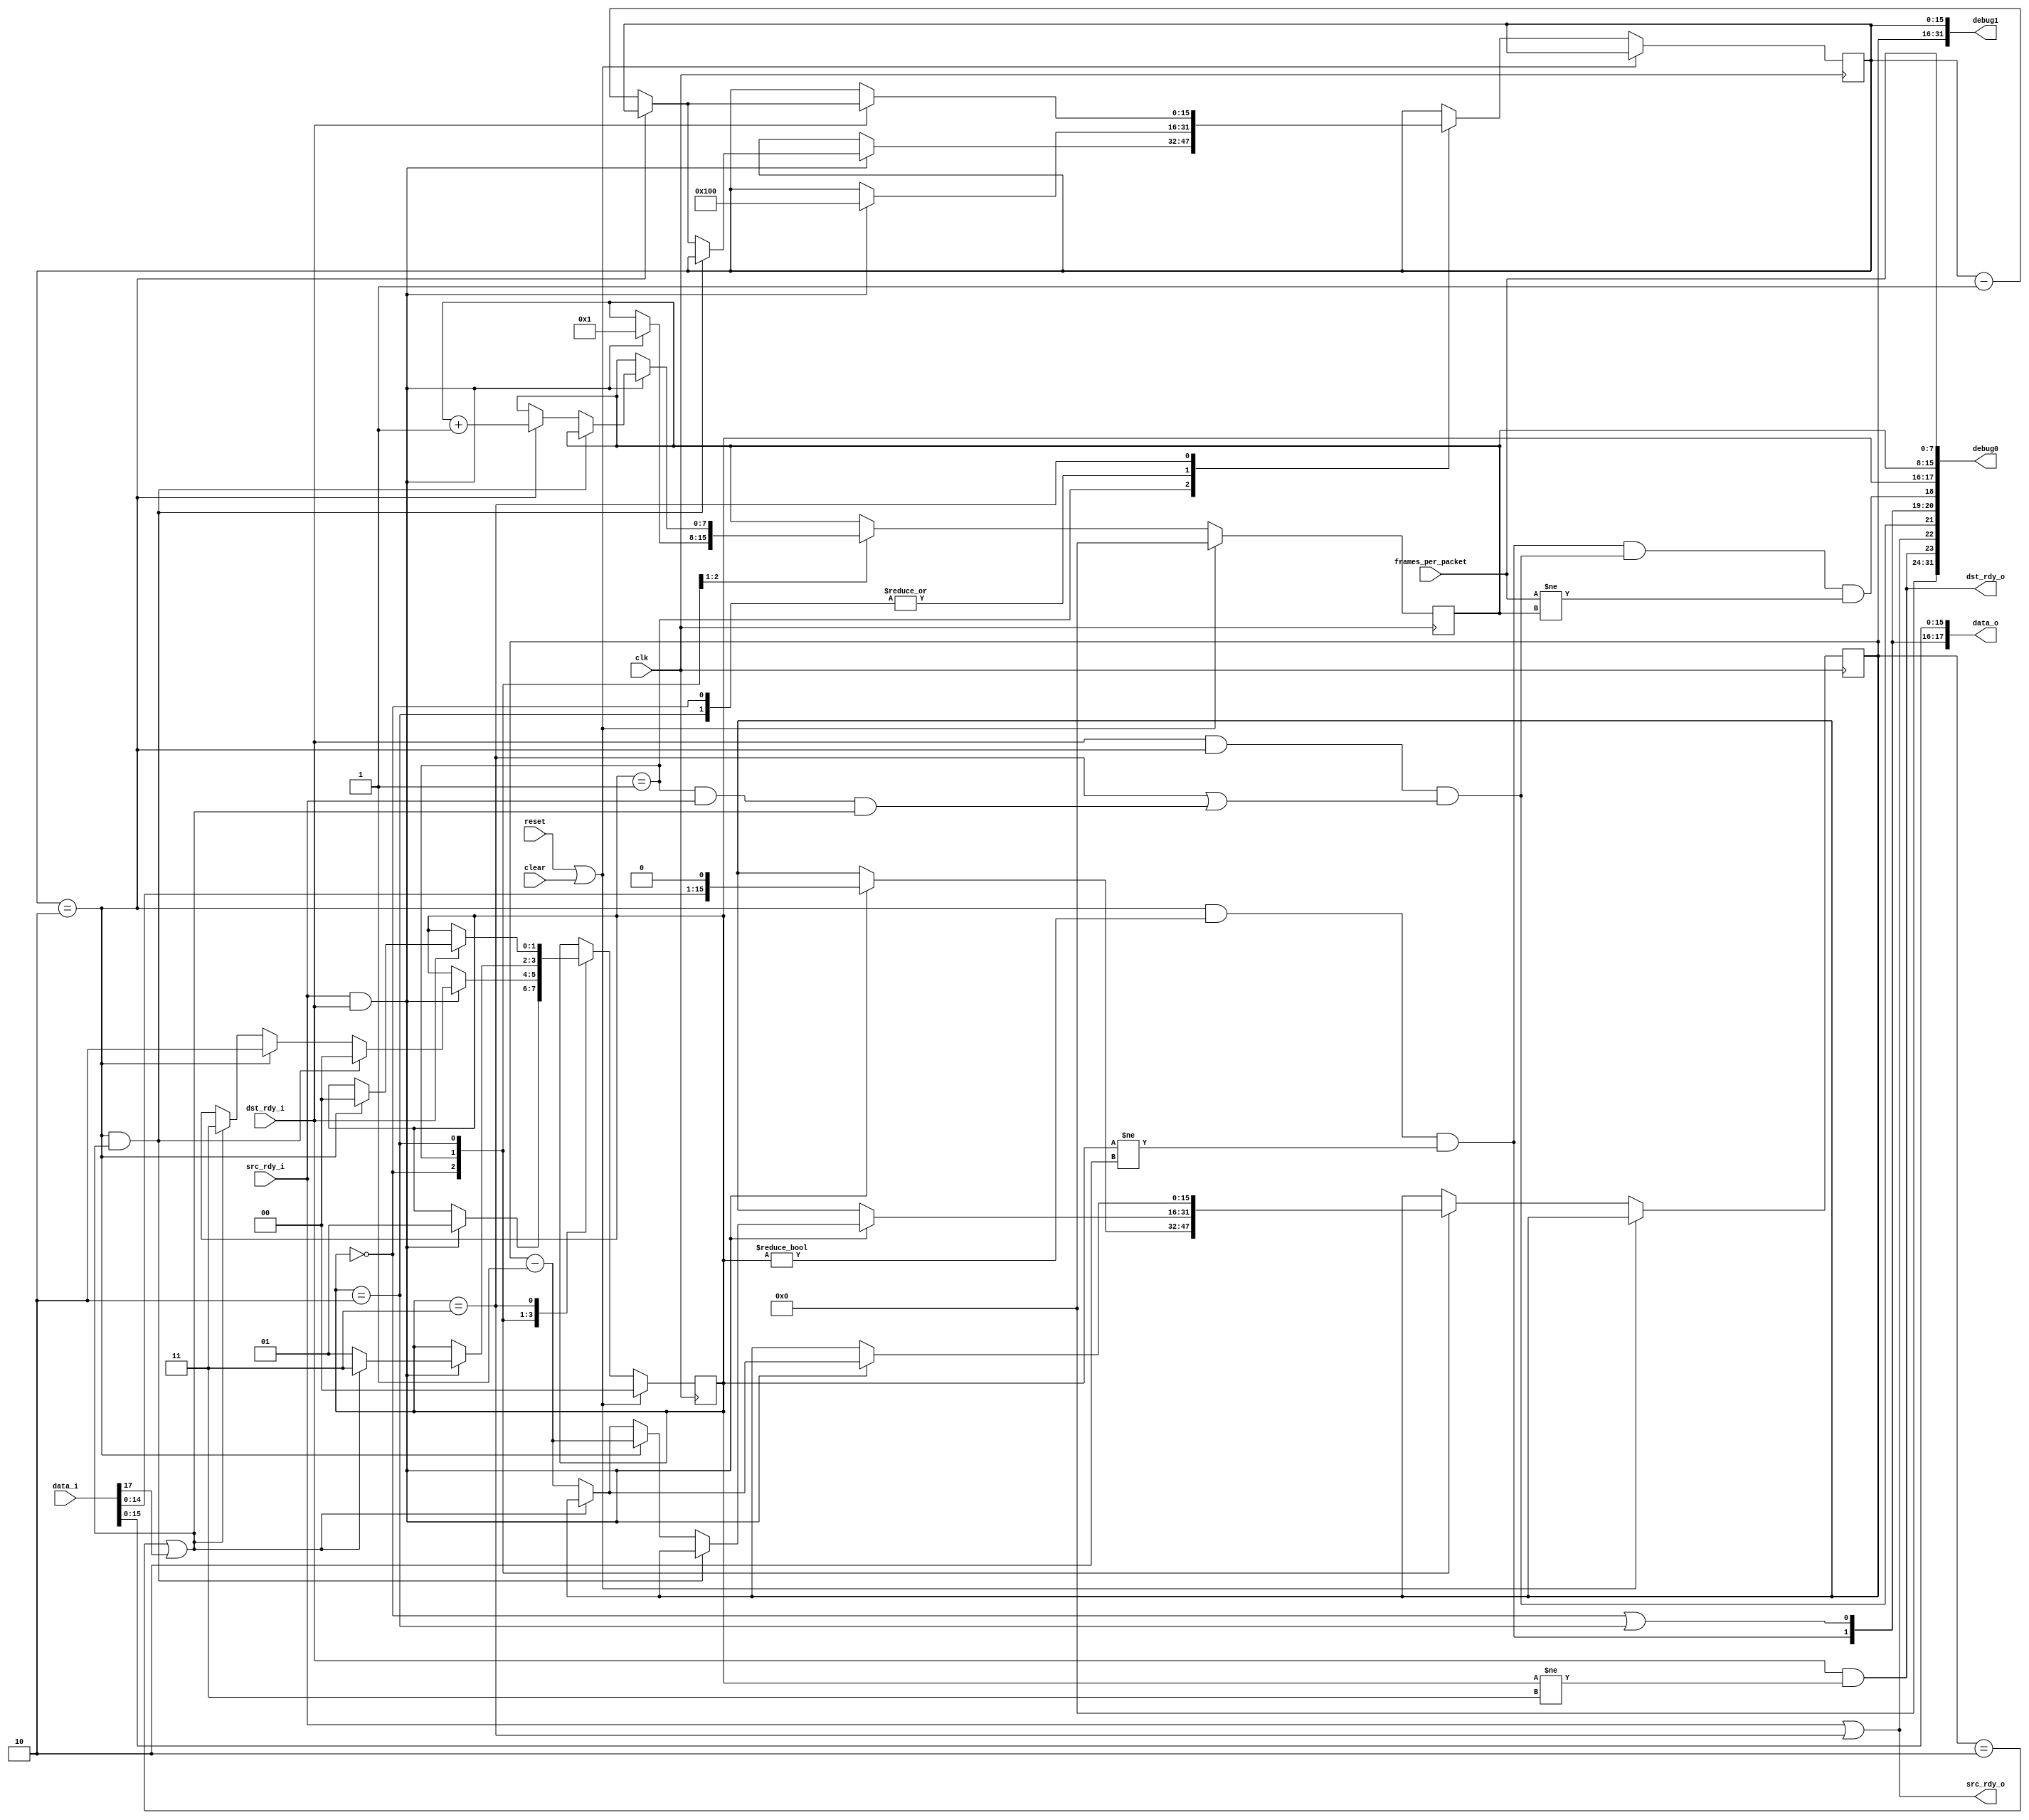
//
// Copyright 2011 Ettus Research LLC
//
// This program is free software: you can redistribute it and/or modify
// it under the terms of the GNU General Public License as published by
// the Free Software Foundation, either version 3 of the License, or
// (at your option) any later version.
//
// This program is distributed in the hope that it will be useful,
// but WITHOUT ANY WARRANTY; without even the implied warranty of
// MERCHANTABILITY or FITNESS FOR A PARTICULAR PURPOSE.  See the
// GNU General Public License for more details.
//
// You should have received a copy of the GNU General Public License
// along with this program.  If not, see <http://www.gnu.org/licenses/>.
//


// Split vita packets longer than one GPIF frame, add padding on short frames

module packet_splitter
  #(parameter FRAME_LEN=256)
   (input clk, input reset, input clear,
    input  [7:0] frames_per_packet,
    input [18:0] data_i,
    input src_rdy_i,
    output dst_rdy_o,
    output [18:0] data_o,
    output src_rdy_o,
    input dst_rdy_i,
    output [31:0] debug0,
    output [31:0] debug1);
   
   reg [1:0] state;
   reg [15:0] length;
   reg [15:0] frame_len;
   reg [7:0]  frame_count;
   
   localparam PS_IDLE = 0;
   localparam PS_FRAME = 1;
   localparam PS_NEW_FRAME = 2;
   localparam PS_PAD = 3;

   wire       eof_i = data_i[17];
   
   always @(posedge clk)
     if(reset | clear)
       begin
	  state <= PS_IDLE;
	  frame_count <= 0;
       end
     else
       case(state)
	 PS_IDLE :
	   if(src_rdy_i & dst_rdy_i)
	     begin
		length <= { data_i[14:0],1'b0};
		frame_len <= FRAME_LEN;
		state <= PS_FRAME;
		frame_count <= 1;
	     end
	 PS_FRAME :
	   if(src_rdy_i & dst_rdy_i)
	     if((frame_len == 2) & ((length == 2) | eof_i))
	       state <= PS_IDLE;
	     else if(frame_len == 2)
	       begin
		  length <= length - 1;
		  state <= PS_NEW_FRAME;
		  frame_count <= frame_count + 1;
	       end
	     else if((length == 2)|eof_i)
	       begin
		  frame_len <= frame_len - 1;
		  state <= PS_PAD;
	       end
	     else
	       begin
		  frame_len <= frame_len - 1;
		  length <= length - 1;
	       end
	 PS_NEW_FRAME :
	   if(src_rdy_i & dst_rdy_i)
	     begin
		frame_len <= FRAME_LEN;
		if((length == 2)|eof_i)
		  state <= PS_PAD;
		else
		  begin
		     state <= PS_FRAME;
		     length <= length - 1;
		  end // else: !if((length == 2)|eof_i)
	     end // if (src_rdy_i & dst_rdy_i)
	 
	 PS_PAD :
	   if(dst_rdy_i)
	     if(frame_len == 2)
	       state <= PS_IDLE;
	     else
	       frame_len <= frame_len - 1;

       endcase // case (state)

   wire next_state_is_idle = dst_rdy_i & (frame_len==2) & 
	( (state==PS_PAD) | ( (state==PS_FRAME) & src_rdy_i & ((length==2)|eof_i) ) );
	  
	 
	
   
   assign dst_rdy_o = dst_rdy_i & (state != PS_PAD);
   assign src_rdy_o = src_rdy_i | (state == PS_PAD);
   
   wire eof_out = (frame_len == 2) & (state != PS_IDLE) & (state != PS_NEW_FRAME);
   wire sof_out = (state == PS_IDLE) | (state == PS_NEW_FRAME);
   wire occ_out = eof_out & next_state_is_idle & (frames_per_packet != frame_count);
   
   wire [15:0] data_out = data_i[15:0];
   assign data_o = {occ_out, eof_out, sof_out, data_out};
   
   assign debug0 = { 8'd0, dst_rdy_o, src_rdy_o, next_state_is_idle, eof_out, sof_out, occ_out, state[1:0], frame_count[7:0], frames_per_packet[7:0] };
   assign debug1 = { length[15:0], frame_len[15:0] };
   
endmodule // packet_splitter